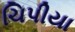
ચિપીયા